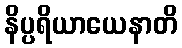
နိပ္ပရိယာယေနာတိ